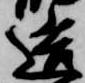
造